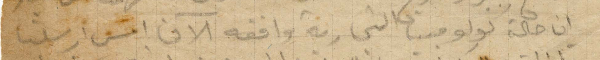
ان حالة كولومبيا التجارية واقفة الآن امس مرسيليا